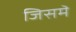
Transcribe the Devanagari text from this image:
जिसमॆं